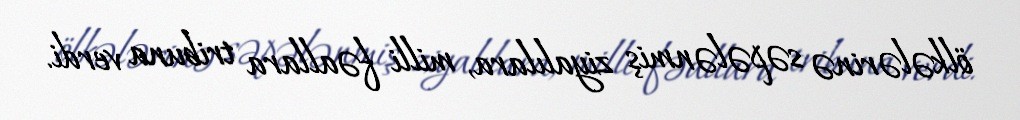
ölkələrinə səpələnmiş ziyalılara, milli fəallara tribuna verdi.